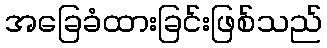
အခြေခံထားခြင်းဖြစ်သည်